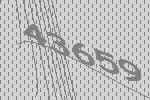
43659